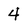
Character: 4